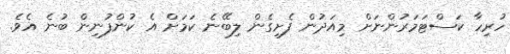
ހުރިހާ ކަސްޓަމަރުންނަށް މިއަދުން ފެށިގެން ލިބޭނެ ކަމަށް އެ ކުންފުނިން ބުނެ އެވެ.